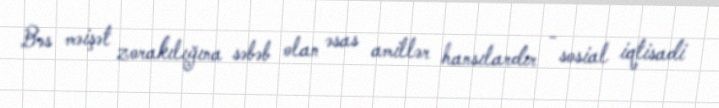
Bəs məişət zorakılığına səbəb olan əsas amillər hansılardır - sosial iqtisadi